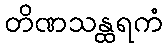
တိဏသန္ထရကံ